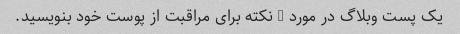
یک پست وبلاگ در مورد 5 نکته برای مراقبت از پوست خود بنویسید.